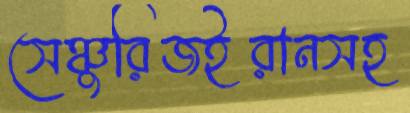
সেঞ্চুরিজইরানসহ